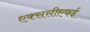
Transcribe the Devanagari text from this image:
एक्ससीएफई